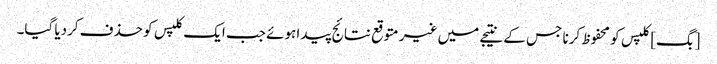
[بگ] کلپس کو محفوظ کرنا جس کے نتیجے میں غیر متوقع نتائج پیدا ہوئے جب ایک کلپس کو حذف کردیا گیا۔